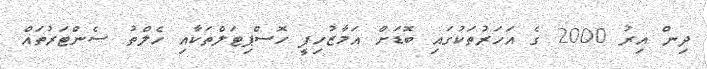
ދިން އިރު 2000 ގެ އަހަރުތަކުގައި ބޮޑަށް އަމާޒުހިފީ ހޮސްޕިޓަލްތަކާއި ހެލްތު ސެންޓަރުތައް